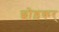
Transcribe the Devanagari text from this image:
छोड़कर्